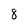
Character: 8